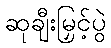
ဆုချီးမြှင့်ပွဲ